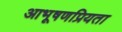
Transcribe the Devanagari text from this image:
आभूषणप्रियता